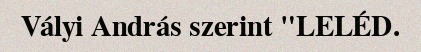
Vályi András szerint "LELÉD.